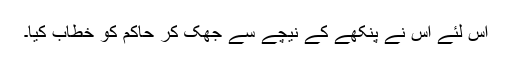
اس لئے اس نے پنکھے کے نیچے سے جھک کر حاکم کو خطاب کیا۔